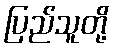
ပြည်သူတို့